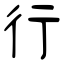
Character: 行